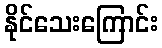
နိုင်သေးကြောင်း